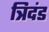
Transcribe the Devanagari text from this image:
त्रिदंड